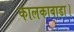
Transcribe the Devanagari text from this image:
कालकाबाड़ा।